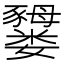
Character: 𫲜